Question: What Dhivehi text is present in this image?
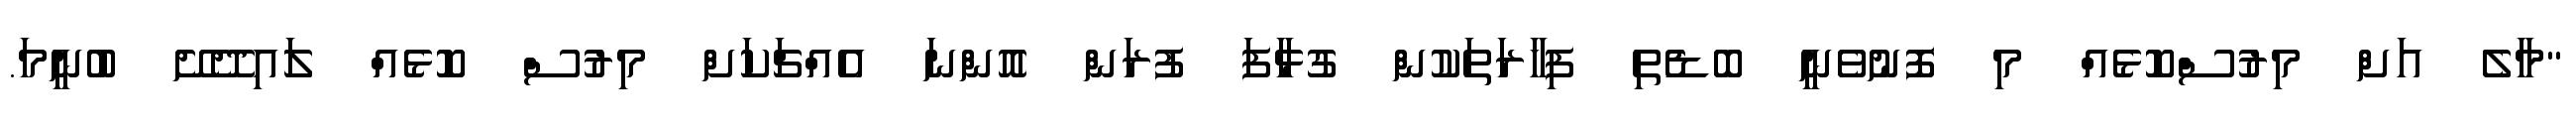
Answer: ''މާލެ އަށް މިރުސްކޮޅެއް މި ފޮނުވެނީ ބޮޑެތި ފިހާރަތަކުން ގުޅާފަ ފުރަން އޮންނަ އެއްޗަކަށް މިރުސް ކޮޅެއް ލައިދޭށޭ ބުނީމަ.